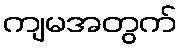
ကျမအတွက်